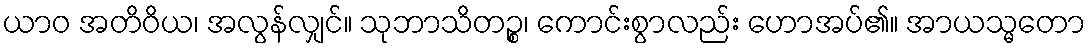
ယာဝ အတိဝိယ၊ အလွန်လျှင်။ သုဘာသိတဉ္စ၊ ကောင်းစွာလည်း ဟောအပ်၏။ အာယသ္မတော